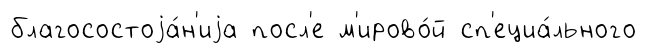
благосостоjа́н'иjа посл'е м'ирово́й сп'ециа́льного